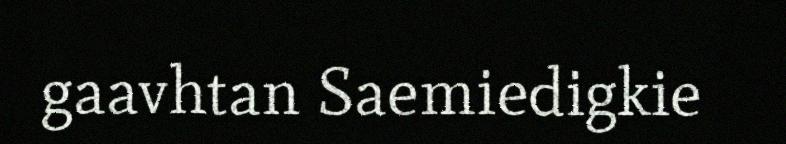
gaavhtan Saemiedigkie